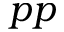
p p